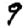
Digit: 9